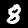
Label: 8